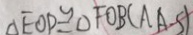
\Delta E O P \cong \Delta F O B ( A A S )